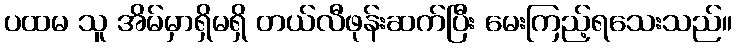
ပထမ သူ အိမ်မှာရှိမရှိ တယ်လီဖုန်းဆက်ပြီး မေးကြည့်ရသေးသည်။